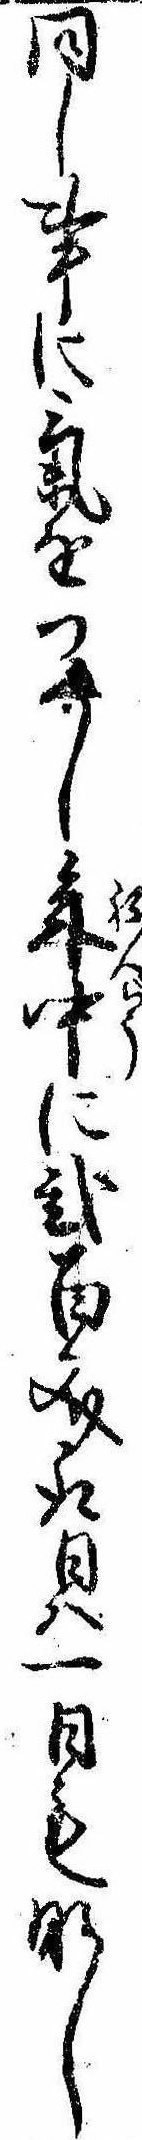
同し事に気をつくし年中に弐百文取日は一日もなし